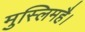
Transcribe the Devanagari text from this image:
मुस्लिमहै।